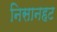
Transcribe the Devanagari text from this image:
निसानहट